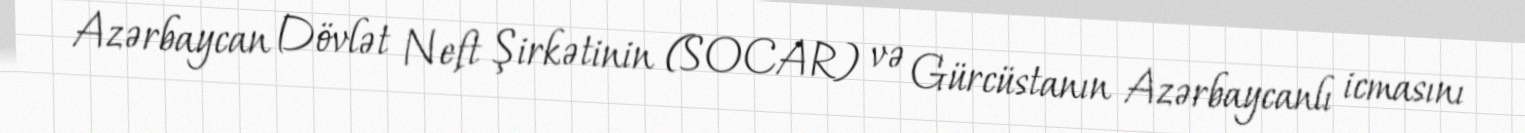
Azərbaycan Dövlət Neft Şirkətinin (SOCAR) və Gürcüstanın Azərbaycanlı icmasını